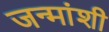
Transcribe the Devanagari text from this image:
जन्मांशी